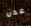
عدن